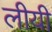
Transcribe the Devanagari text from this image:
लीयी